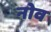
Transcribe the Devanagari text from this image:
नोव